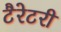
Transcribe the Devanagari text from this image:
टैरेटरी